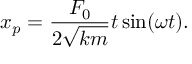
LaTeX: x _ { p } = { \frac { F _ { 0 } } { 2 { \sqrt { k m } } } } t \sin ( \omega t ) .